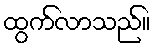
ထွက်လာသည်။